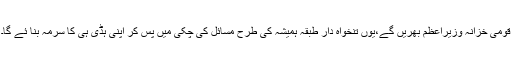
قومی خزانہ وزیراعظم بھریں گے،یوں تنخواہ دار طبقہ ہمیشہ کی طرح مسائل کی چکی میں پس کر اپنی ہڈی ہی کا سرمہ بنا ئے گا۔